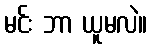
မင်း ဘာ ယူမလဲ။